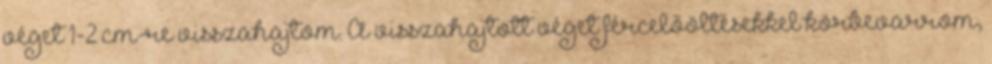
véget 1-2 cm-re visszahajtom. A visszahajtott véget fércelőöltésekkel körbevarrom,